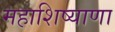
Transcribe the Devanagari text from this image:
महाशिष्याणा